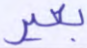
بعير